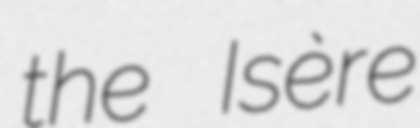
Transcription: the Isère